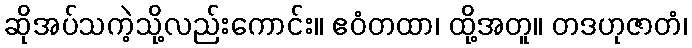
ဆိုအပ်သကဲ့သို့လည်းကောင်း။ ဧဝံတထာ၊ ထို့အတူ။ တဒဟုဇာတံ၊